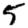
Digit: 5